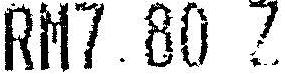
RM7.80 Z